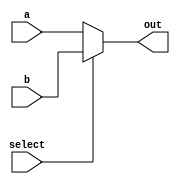
module mux_2to1 (
    input wire a,
    input wire b,
    input wire select,
    output reg out
);

always @ (select)
begin
    if (select == 1'b0)
        out = a;
    else
        out = b;
end

endmodule